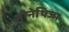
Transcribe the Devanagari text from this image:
मोनेथिज्म